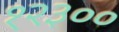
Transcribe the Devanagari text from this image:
१२३००